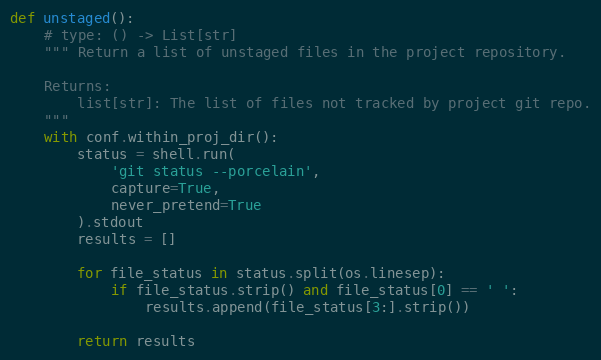
Language: Python
def unstaged():
    # type: () -> List[str]
    """ Return a list of unstaged files in the project repository.

    Returns:
        list[str]: The list of files not tracked by project git repo.
    """
    with conf.within_proj_dir():
        status = shell.run(
            'git status --porcelain',
            capture=True,
            never_pretend=True
        ).stdout
        results = []

        for file_status in status.split(os.linesep):
            if file_status.strip() and file_status[0] == ' ':
                results.append(file_status[3:].strip())

        return results